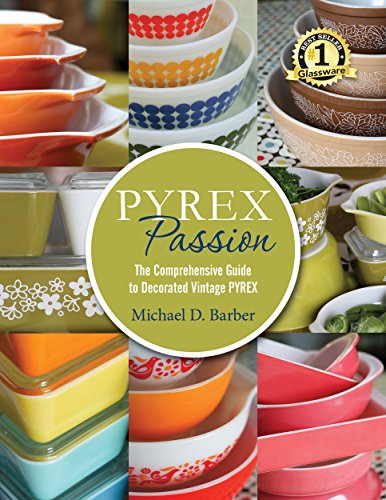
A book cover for Pyrex Passion: The Comprehensive Guide to Decorated Vintage Pyrex; Michael D. Barber; Crafts, Hobbies & Home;